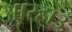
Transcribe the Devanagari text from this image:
आरहा३